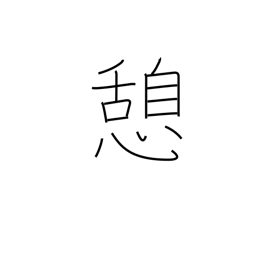
Meaning: rest